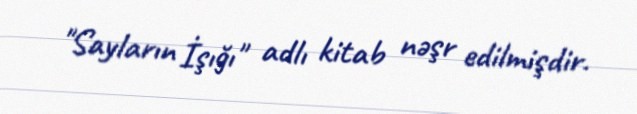
"Sayların İşığı" adlı kitab nəşr edilmişdir.